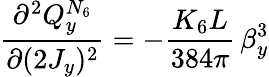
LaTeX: \frac{\partial^{2}Q_{y}^{N_{6}}}{\partial(2J_{y})^{2}}=-\frac{K_{6}L}{384\pi}\, \beta_{y}^{3}